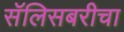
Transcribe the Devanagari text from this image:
सॅलिसबरीचा